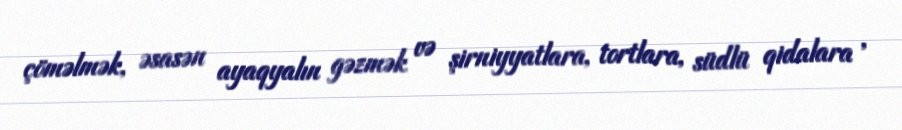
çöməlmək, əsasən ayaqyalın gəzmək və şirniyyatlara, tortlara, südlü qidalara ,